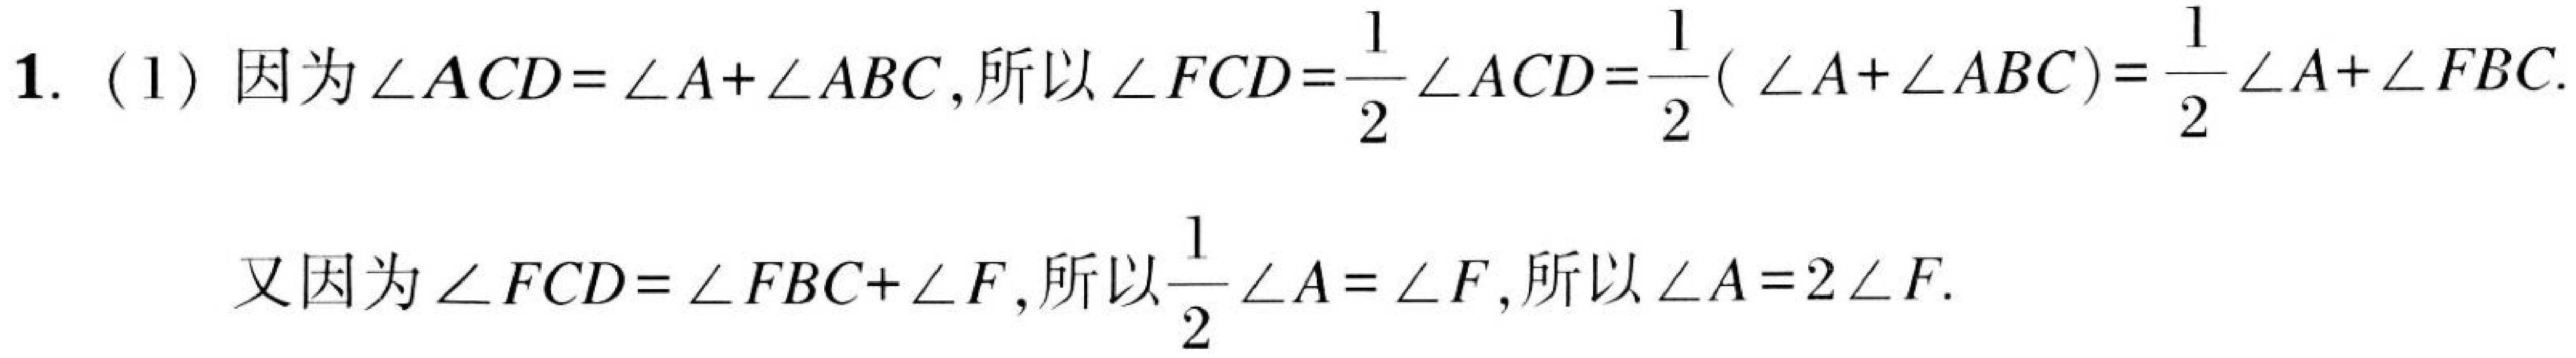
1. (1) 因为\(\angle ACD=\angle A+\angle ABC\),所以\(\angle FCD=\dfrac{1}{2}\angle ACD=\dfrac{1}{2}(\angle A+\angle ABC)=\dfrac{1}{2}\angle A+\angle FBC\).
又因为\(\angle FCD=\angle FBC+\angle F\),所以\(\dfrac{1}{2}\angle A=\angle F\),所以\(\angle A = 2\angle F\).